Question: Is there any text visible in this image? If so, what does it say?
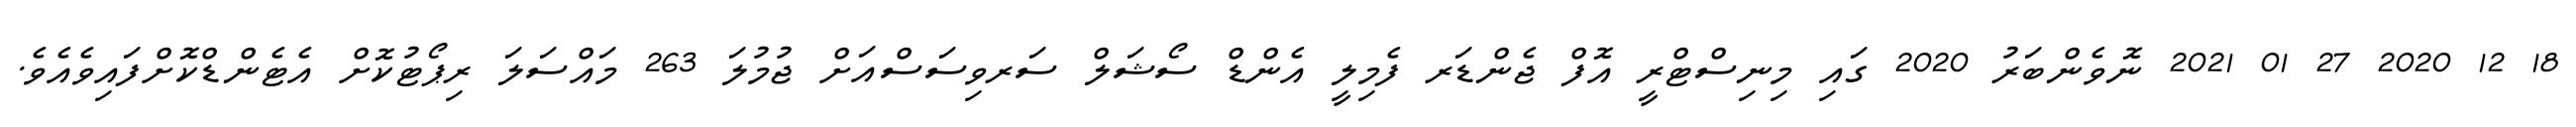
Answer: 18 12 2020 27 01 2021 ނޮވެންބަރު 2020 ގައި މިނިސްޓްރީ އޮފް ޖެންޑަރ ފެމިލީ އެންޑް ސޯޝަލް ސަރވިސަސްއަށް ޖުމުލަ 263 މައްސަލަ ރިޕޯޓުކޮށް އެޓެންޑްކޮށްފައިވެއެވެ.